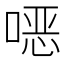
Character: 𫫇